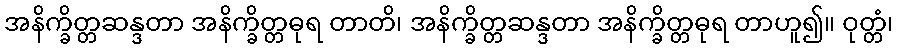
အနိက္ခိတ္တဆန္ဒတာ အနိက္ခိတ္တဓုရ တာတိ၊ အနိက္ခိတ္တဆန္ဒတာ အနိက္ခိတ္တဓုရ တာဟူ၍။ ဝုတ္တံ၊